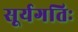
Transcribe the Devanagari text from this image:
सूर्यगतिः